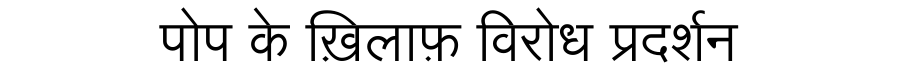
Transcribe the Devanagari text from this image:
पोप के ख़िलाफ़ विरोध प्रदर्शन